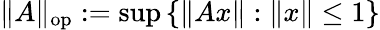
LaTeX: \| A\| _{\mathrm{op}}:=\operatorname*{sup}\left\{ \| Ax\| :\| x\| \leq 1\right\}